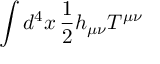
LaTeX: \int d ^ { 4 } x \, { \frac { 1 } { 2 } } h _ { \mu \nu } T ^ { \mu \nu }